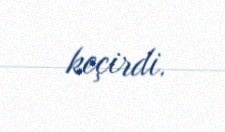
keçirdi.